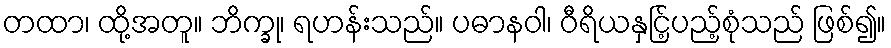
တထာ၊ ထို့အတူ။ ဘိက္ခု၊ ရဟန်းသည်။ ပဓာနဝါ၊ ဝီရိယနှင်ြ့ပည့်စုံသည် ဖြစ်၍။